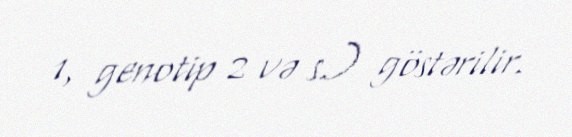
1, genotip 2 və s.) göstərilir.